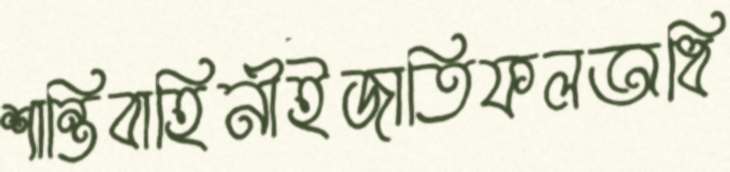
শান্তিবাহিনীইজাতিফলঅধি